Etiology and epidemiology of plague
Disease focus: Plague
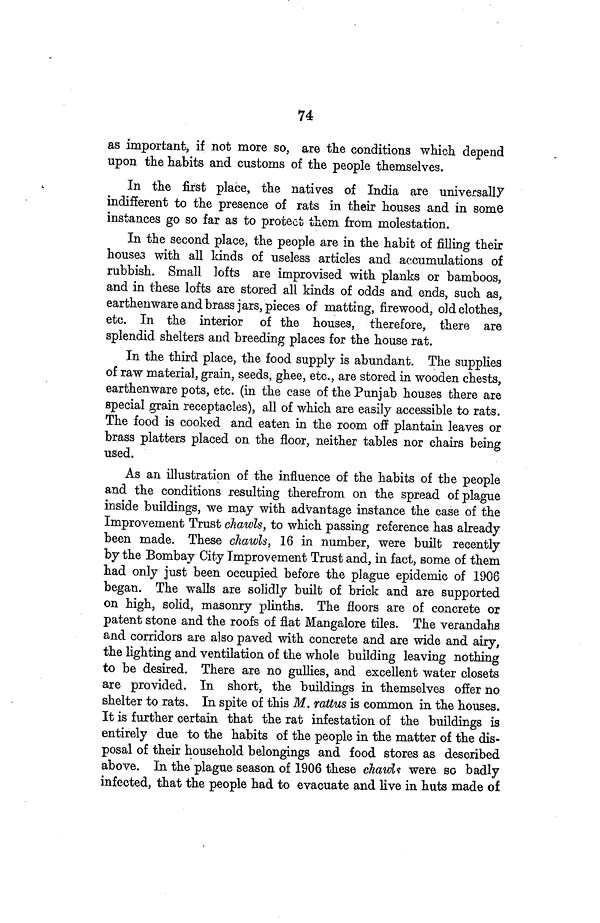
74
as important, if not more so, are the conditions which depend
upon the habits and customs of the people themselves.
In the first place, the natives of India are universally
indifferent to the presence of rats in their houses and in some
instances go so far as to protect them from molestation.
In the second place, the people are in the habit of filling their
houses with all kinds of useless articles and accumulations of
rubbish. Small lofts are improvised with planks or bamboos,
and in these lofts are stored all kinds of odds and ends, such as,
earthenware and brass jars, pieces of matting, firewood, old clothes,
etc. In the interior of the houses, therefore, there are
splendid shelters and breeding places for the house rat.
In the third place, the food supply is abundant. The supplies
of raw material, grain, seeds, ghee, etc., are stored in wooden chests,
earthenware pots, etc. (in the case of the Punjab houses there are
special grain receptacles), all of which are easily accessible to rats.
The food is cooked and eaten in the room off plantain leaves or
brass platters placed on the floor, neither tables nor chairs being
used.
As an illustration of the influence of the habits of the people
and the conditions resulting therefrom on the spread of plague
inside buildings, we may with advantage instance the case of the
Improvement Trust chawls, to which passing reference has already
been made. These chawls, 16 in number, were built recently
by the Bombay City Improvement Trust and, in fact, some of them
had only just been occupied before the plague epidemic of 1906
began. The walls are solidly built of brick and are supported
on high, solid, masonry plinths. The floors are of concrete or
patent stone and the roofs of flat Mangalore tiles. The verandahs
and corridors are also paved with concrete and are wide and airy,
the lighting and ventilation of the whole building leaving nothing
to be desired. There are no gullies, and excellent water closets
are provided. In short, the buildings in themselves offer no
shelter to rats. In spite of this M. rattus is common in the houses.
It is further certain that the rat infestation of the buildings is
entirely due to the habits of the people in the matter of the dis-
posal of their household belongings and food stores as described
above. In the plague season of 1906 these chawls were so badly
infected, that the people had to evacuate and live in huts made of